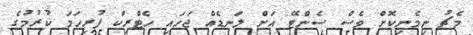
މެޗު ނިމެނިކޮށް ވެސް ސެންޓޭ އަށް ލަނޑެއް ޖަހައި ހެޓްރިކް ފުރިހަމަ ކުރުމުގެ